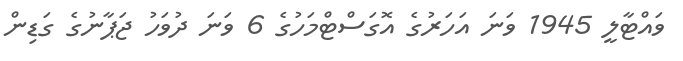
ވައްޓާލީ 1945 ވަނަ އަހަރުގެ އޮގަސްޓްމަހުގެ 6 ވަނަ ދުވަހު ޖަޕާނުގެ ގަޑިން